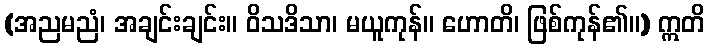
(အညမညံ၊ အချင်းချင်း။ ဝိသဒိသာ၊ မယူကုန်။ ဟောတိ၊ ဖြစ်ကုန်၏။) ဣတိ